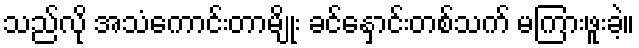
သည်လို အသံကောင်းတာမျိုး ခင်နှောင်းတစ်သက် မကြားဖူးခဲ့။